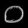
Digit: ၀